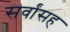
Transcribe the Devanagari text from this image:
सर्वांसह